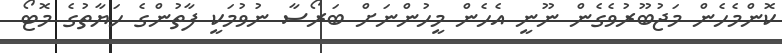
ކޮންމެހެން މަޖުބޫރުވެގެން ނޫނީ އެހެން މީހުންނަށް ބަރޯސާ ނުވުމަކީ ފާތުންގެ ހަޔާތުގެ މޮޓޯ